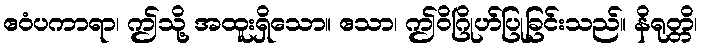
ဧဝံပကာရာ၊ ဤသို့ အထူးရှိသော။ ဧသာ၊ ဤဝိဂြိုဟ်ပြုခြင်းသည်။ နိရုတ္တိ၊